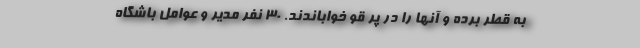
به قطر برده و آنها را در پر قو خواباندند. ۳۰ نفر مدیر و‌ عوامل باشگاه